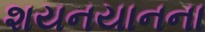
શયનયાનના